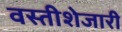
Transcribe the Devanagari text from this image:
वस्तीशेजारी